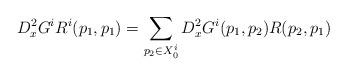
LaTeX: \begin{align*} D_x^2 G^i R^i (p_1,p_1) = \sum_{p_2 \in X^i_0} D_x^2 G^i(p_1,p_2) R(p_2,p_1) \end{align*}